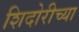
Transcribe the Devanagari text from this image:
शिदोरीच्या